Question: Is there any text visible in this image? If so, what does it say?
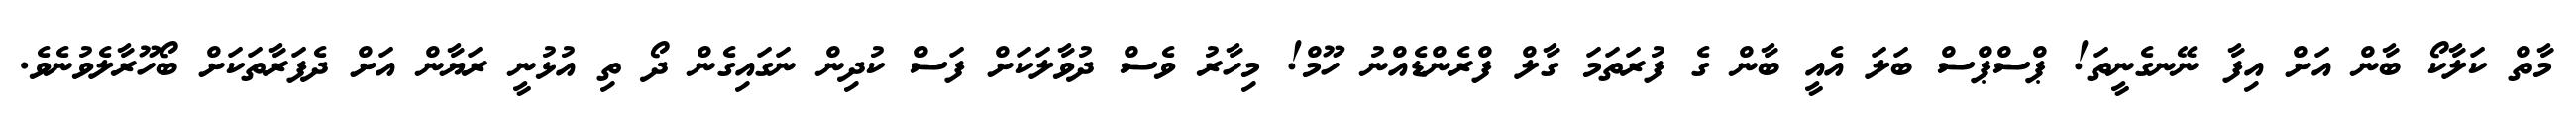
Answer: މާތް ކަލާކޯ ބާން އަށް އިފާ ނޭނގެނީތަ! ޕްސްޕްސް ބަލަ އެއީ ބާން ގެ ފުރަތަމަ ގާލް ފްރެންޑެއްނު ހޫމް! މިހާރު ވެސް ދުވާލަކަށް ފަސް ކުދިން ނަގައިގެން ދޯ ތި އުޅުނީ ރަޔާން އަށް ދެފަރާތަކަށް ބޯހޫރާލެވުނެވެ.